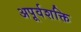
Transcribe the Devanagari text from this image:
अपूर्वशक्ति